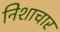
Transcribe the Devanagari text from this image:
निशाचार